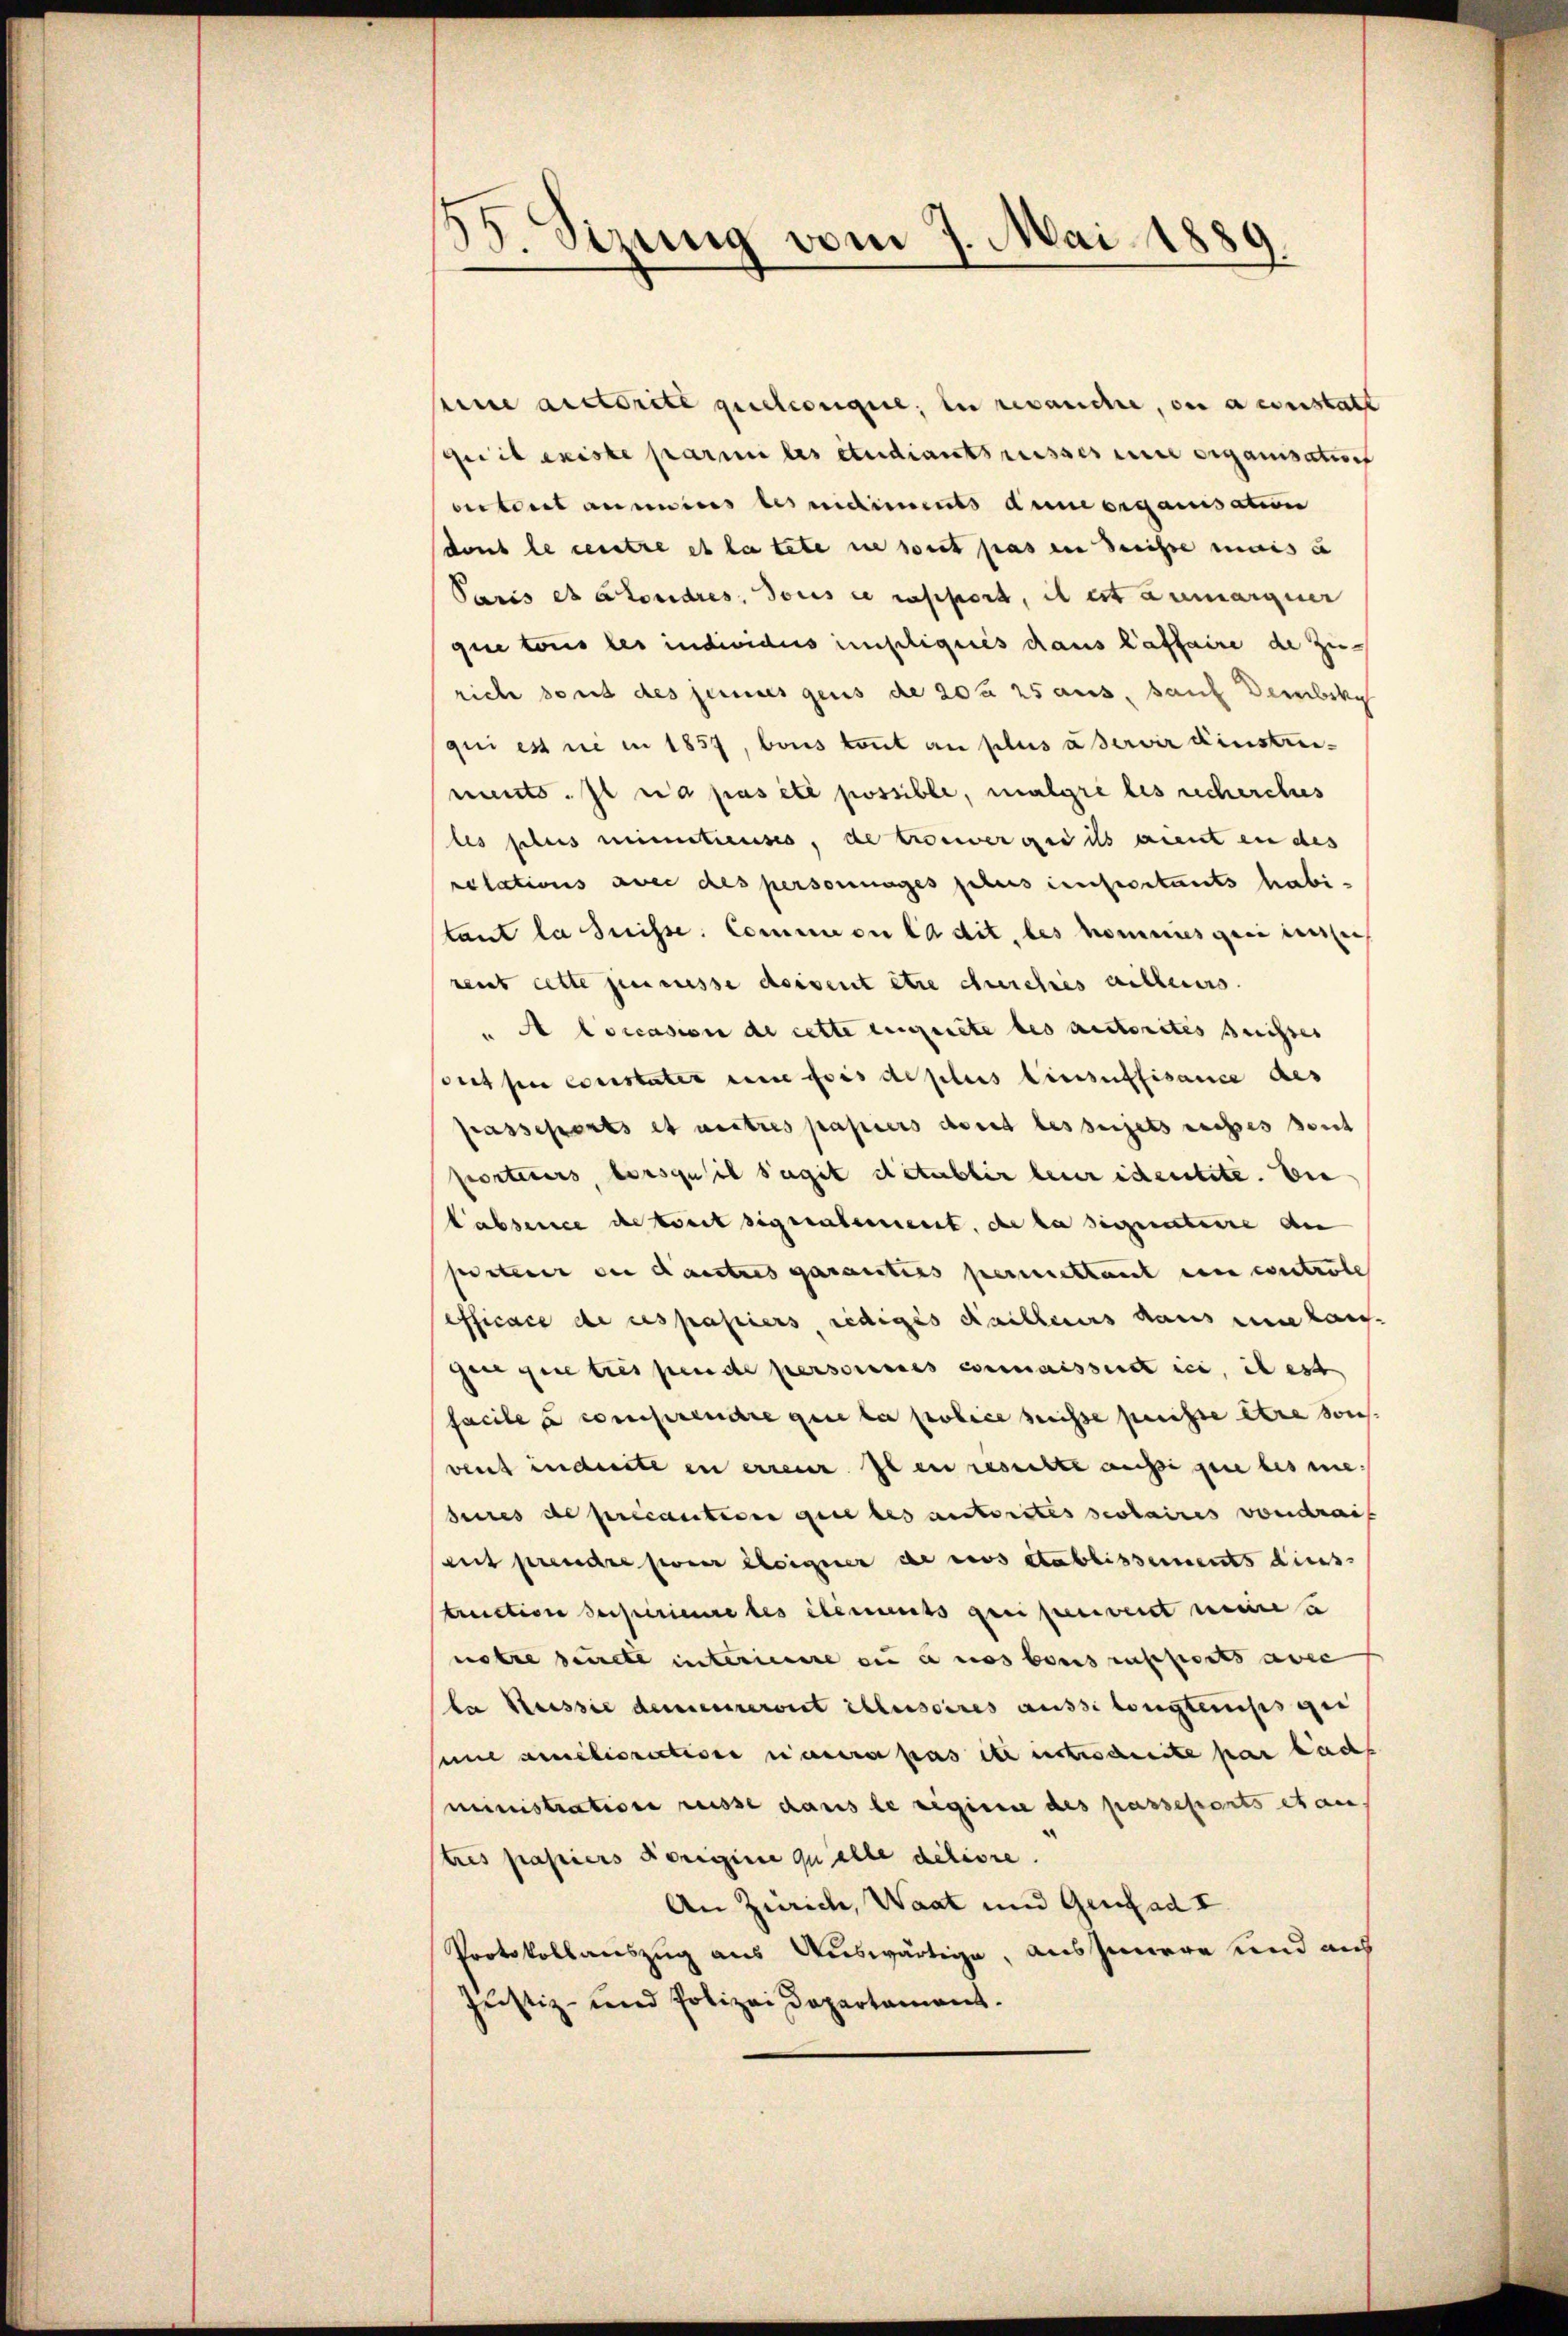
d
Sizung vom 7. Mai 1889.

seine auctorité quelconque, in revanche, ou a constatt
Gu il existe parmi les studiants reisses une erganisation
oetont aneins les vidiments dene organisation
dont le centre et la tete sie soit pas in derisse mais u
Paris es alordres. Tous ce rassert, il est anmargier
que toris les individus impliqués dans laffaire de Zurich sont des seines gens de 202 25 aus, sauf Dembki
qui est nie in 1857, bois konnt au plus a servir einstreiments. Il n’a pas été possible, malgre les recherches
les plus meintieuses, de trouverger ils aient in des
relations aber des personniges plus unserstants habi-
tant la Suisse. Commen la dit, les nomines qui insich
reut cette jeneresse doivent être cherches ailleurs.
"A Coccasion de cette einzelte les autorités suisses
ous se constater eine fois de plus hinsuffisance des
Grasseparts et autres papiers dort besseijets rechtes sont
porteiers, lorsqu’il s’agit détablir leur identite. Die
Labsence de seit signalement, de la signataire den
pisterer der danstres garanties permettant eine controle
efficace de ces papiers, lediges Kailleurs dans une hange que tres pende persorenes connaisseit ici, il est
facile a comprendre que la police suisse puisse être sons
vent inderte in errenz. Il en resselte aussi que les me
sures de précaution gute des autorites scolaires vondrait
ait prendre poner eigner de ces etablissements dies
struction derpirieure des ebenmuts grippenvent meine a
notre deute interiere in eines besassents acce
la Kessie demeureront illusoires aussi longtenuss ge
Eine améliorectione neuera pas ihr ichischeite par led
ministration reisse dans le siginie des passeports et au
tres papiers vorigine qualle deliore.
An Zürich, Waat und Genf ad I.
Protokollauszug aus Auswärtige, aus Innere und aus
Justiz- und Polizei Departament.